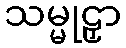
သမ္မုဠှာ